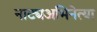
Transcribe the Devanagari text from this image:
नाट्यअभिनेत्या